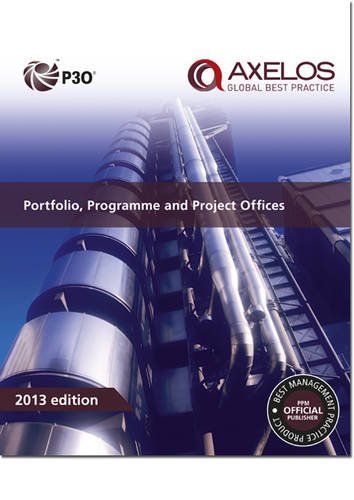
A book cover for Portfolio, Programme and Project Offices; Axelos; Business & Money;